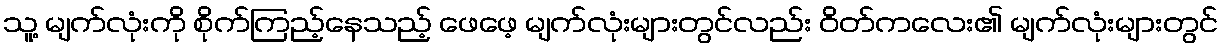
သူ့ မျက်လုံးကို စိုက်ကြည့်နေသည့် ဖေဖေ့ မျက်လုံးများတွင်လည်း ဝိတ်ကလေး၏ မျက်လုံးများတွင်